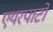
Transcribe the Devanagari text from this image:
एयरपार्टो